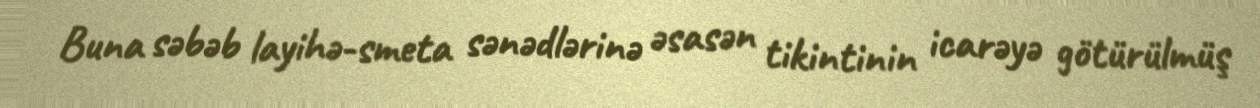
Buna səbəb layihə-smeta sənədlərinə əsasən tikintinin icarəyə götürülmüş